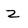
Character: Z